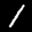
Label: 1